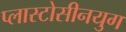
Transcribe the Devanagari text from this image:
प्लास्टोसीनयुग